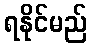
ရနိုင်မည်